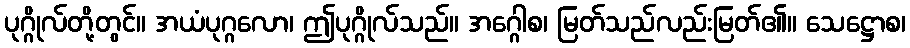
ပုဂ္ဂိုလ်တို့တွင်။ အယံပုဂ္ဂလော၊ ဤပုဂ္ဂိုလ်သည်။ အဂ္ဂေါစ၊ မြတ်သည်လည်းမြတ်၏။ သေဋ္ဌောစ၊